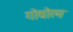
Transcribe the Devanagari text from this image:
गोथोरम